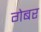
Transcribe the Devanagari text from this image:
गेबर